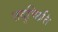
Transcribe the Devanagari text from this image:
तदुच्छिति